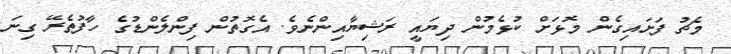
މެޗު ފަށައިގެން މޮޅަށް ކުޅެމުން ދިޔައީ ރަޝިޔާއިންނެވެ. އެގޮތުން ފިންލެންޑުގެ ހާފުތެރޭ ގިނަ